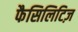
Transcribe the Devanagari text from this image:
फैसिलिटिज़